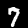
Digit: 7